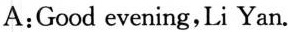
A:Good evening,Li Yan.